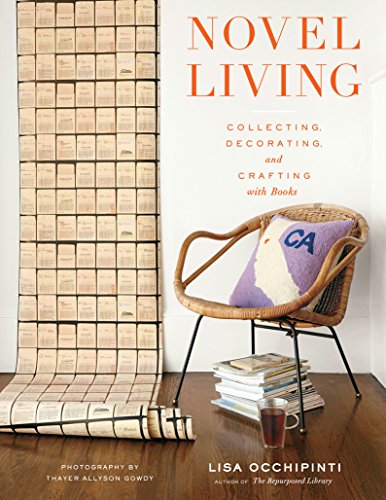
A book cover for Novel Living: Collecting, Decorating, and Crafting with Books; Lisa Occhipinti; Crafts, Hobbies & Home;